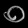
Digit: ၀